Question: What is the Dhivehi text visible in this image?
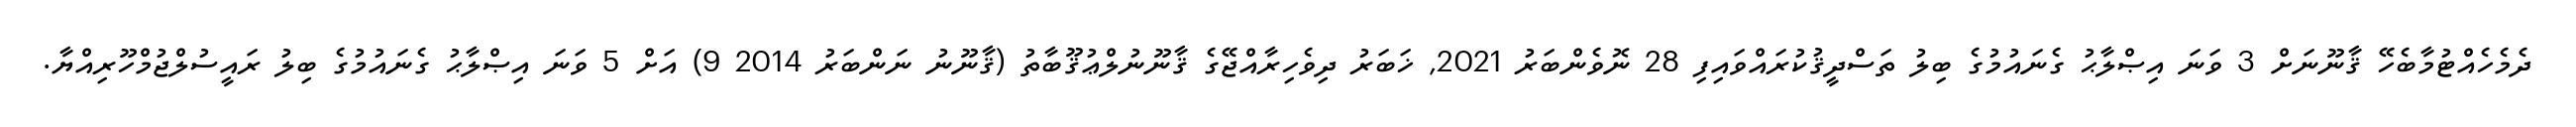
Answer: ދެމެހެއްޓުމާބެހޭ ޤާނޫނަށް 3 ވަނަ އިޞްލާޙު ގެނައުމުގެ ބިލު ތަސްދީޤުކުރައްވައިފި 28 ނޮވެންބަރު 2021, ޚަބަރު ދިވެހިރާއްޖޭގެ ޤާނޫނުލްޢުޤޫބާތު (ޤާނޫނު ނަންބަރު 2014 9) އަށް 5 ވަނަ އިޞްލާޙު ގެނައުމުގެ ބިލު ރައީސުލްޖުމްހޫރިއްޔާ.